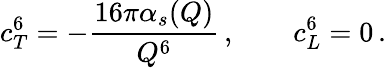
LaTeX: c_{T}^{6}=-\frac{16\pi\alpha_{s}(Q)}{Q^{6}}\, ,\qquad c_{L}^{6}=0\, .